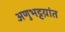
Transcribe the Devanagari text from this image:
अणुभट्टय़ांत